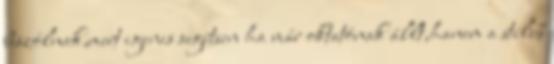
beszólnak,mert igenis segítsen ha már oktatónak állt,hanem a stílus